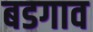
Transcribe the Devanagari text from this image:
बडगाव